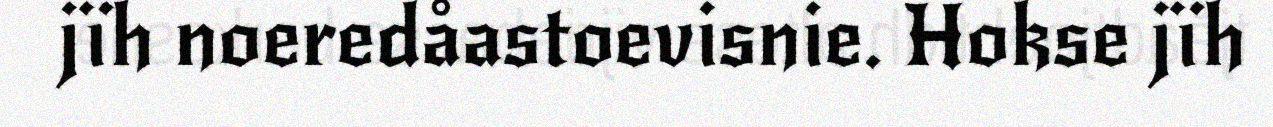
jïh noeredåastoevisnie. Hokse jïh